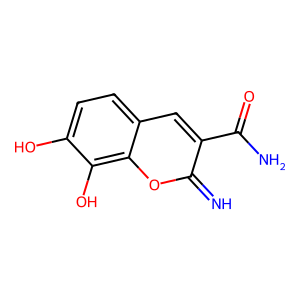
SMILES: N=c1oc2c(O)c(O)ccc2cc1C(N)=O
Inhibits HIV replication: No